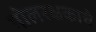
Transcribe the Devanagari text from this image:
गोलरक्षकाचे